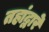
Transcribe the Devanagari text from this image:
तहांद्वारे